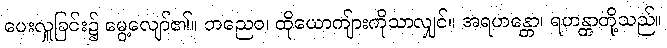
ပေးလှူခြင်း၌ မွေ့လျော်၏။ တညေဝ၊ ထိုယောကျ်ားကိုသာလျှင်။ အရဟန္တော၊ ရဟန္တာတို့သည်။